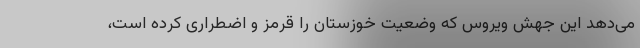
می‌دهد این جهش ویروس که وضعیت خوزستان را قرمز و اضطراری کرده است،